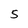
Character: 5